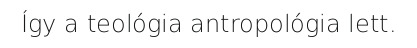
Így a teológia antropológia lett.